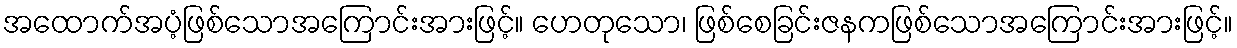
အထောက်အပံ့ဖြစ်သောအကြောင်းအားဖြင့်။ ဟေတုသော၊ ဖြစ်စေခြင်းဇနကဖြစ်သောအကြောင်းအားဖြင့်။